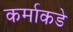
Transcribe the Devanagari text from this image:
कर्माकडे